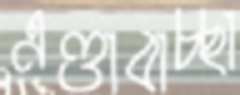
এণ্ডাবাচ্ছা